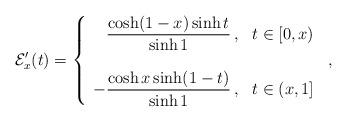
LaTeX: \begin{align*}\mathcal{E}'_x(t)=\left\{\begin{array}{ll} \displaystyle\phantom{-}\frac{\cosh(1-x)\sinh t}{\sinh1}\,, & t\in[0,x) \\ \quad&\quad\\ \displaystyle-\frac{\cosh x\sinh(1-t)}{\sinh1}\,, & t\in(x,1] \end{array}\right.\,,\end{align*}